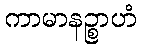
ကာမာနဉ္စာဟံ